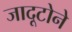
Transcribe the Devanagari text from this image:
जादूटोने